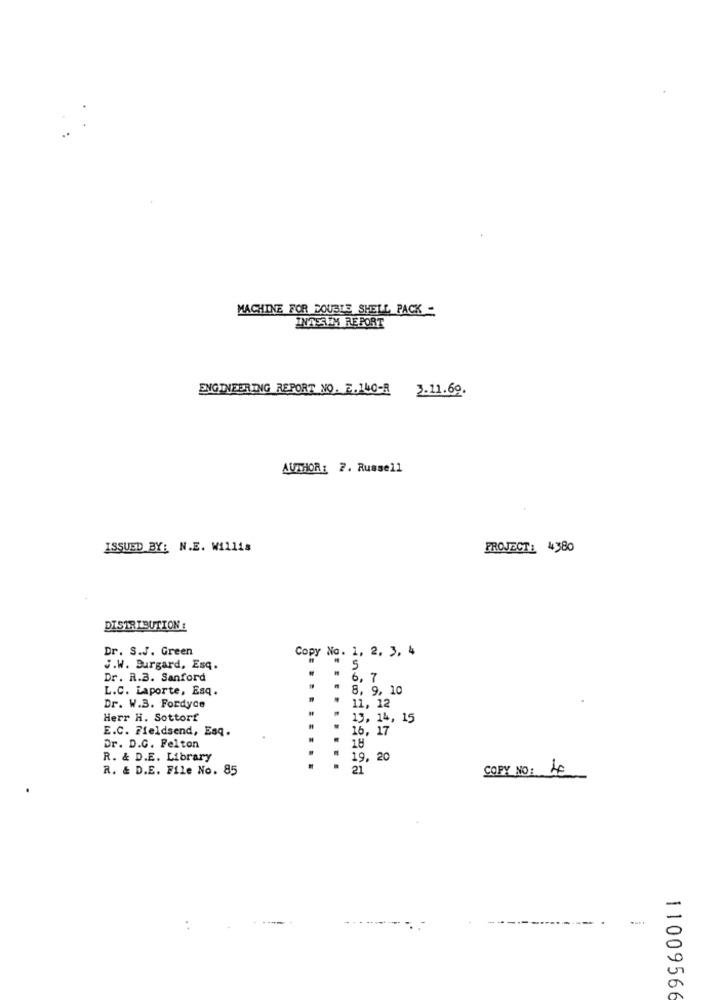
MACHINE FOR DOUBLE SHELL PACK -
INTESLIM REPORT
ENGINEERING REPORT NO. 2.140-R 3.11.69.
AUTHOR: 2. Russell
ISSUED BY: N.E. Willis
PROJECT: 4380
DISTRIBUTION :
Dr. S.J. Green
Copy No. 1, 2, 3, 4
J.W. Burgard, Esq.
" 5
Dr. R.B. Sanford
6, 7
L.C. Laporte, Esq.
.
8, 9, 10
Dr. W.3. Fordyce
11, 12
Herr H. Sottorf
13, 14, 15
E.C. Fieldsend, Esq.
16, 17
Dr. D.G. Felton
# 18
R. & D.E. Library
.
19, 20
R. & D.E. File No. 85
.
21
COPY NO: 40
.
11009566